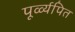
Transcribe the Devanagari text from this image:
पूर्व्व्यपित